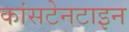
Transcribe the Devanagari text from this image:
कांसटेनटाइन